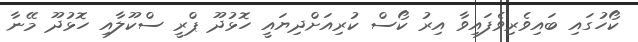
ކޯހުގައި ބައިވެރިވެފައިވާ އިރު ކޯސް ކުރިއަށްދިޔައީ ހޮޅުދޫ ޕްރީ ސްކޫލާއި ހޮޅުދޫ މޭނާ